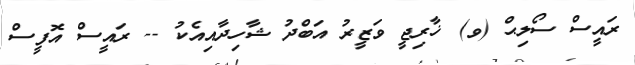
ރައީސް ސޯލިޙް (ވ) ޚާރިޖީ ވަޒީރު އަބްދު ޝާހިދާއިއެކު -- ރައީސް އޮފީސް